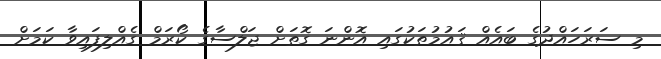
މި ސަރަހައްދުގެ ބައެއް ޤައުމުތަކުގައިި އޮންނަ ގޮތަށް ޖަލްސާގެ ކޯރަމް ގެއްލިފައިވާ ކަމަށް